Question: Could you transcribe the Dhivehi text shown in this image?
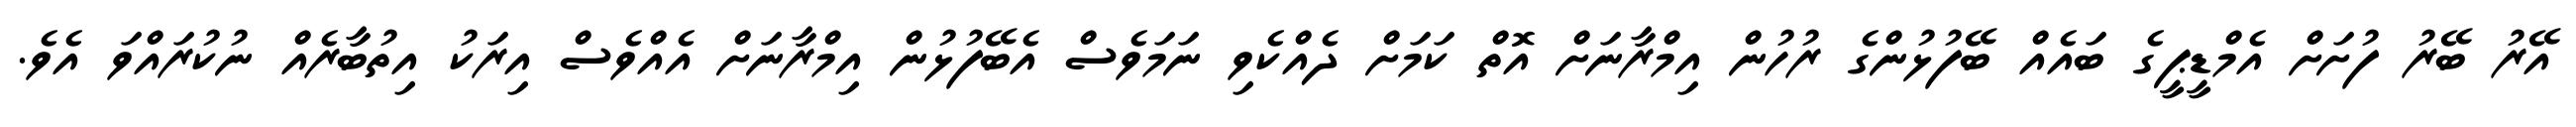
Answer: އޭރު ބޭރު ފުށަށް އެމްޑީޕީގެ ބައެއް ބޭފުޅުންގެ ރުހުން އިމްރާނަށް އޮތް ކަމަށް ދެއްކެވި ނަމަވެސް އެބޭފުޅުން އިމްރާނަށް އެއްވެސް އިރަކު އިތުބާރެއް ނުކުރައްވަ އެވެ.